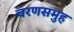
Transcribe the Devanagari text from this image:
चरणसमुह